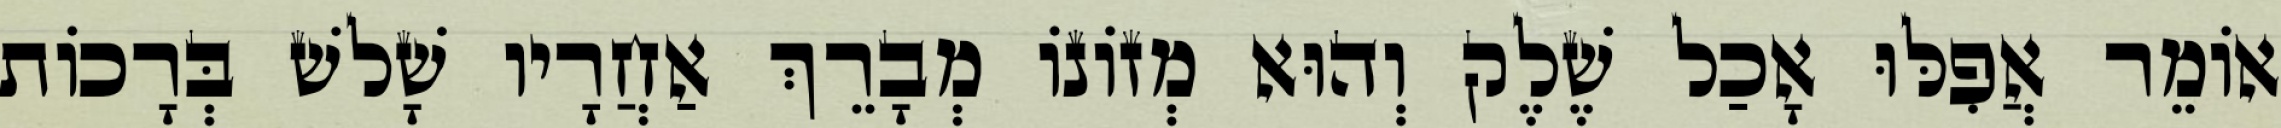
אוֹמֵר אֲפִלּוּ אָכַל שֶׁלֶק וְהוּא מְזוֹנוֹ מְבָרֵךְ אַחֲרָיו שָׁלשׁ בְּרָכוֹת